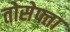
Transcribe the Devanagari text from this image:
तोसेफ्ता